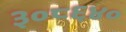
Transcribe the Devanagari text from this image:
३०८६४०